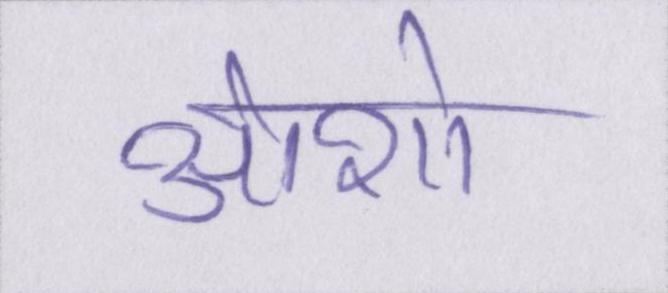
ओशो